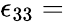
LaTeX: \epsilon_{33}=